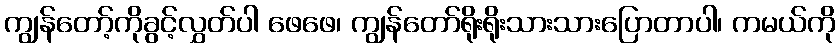
ကျွန်တော့်ကိုခွင့်လွှတ်ပါ ဖေဖေ၊ ကျွန်တော်ရိုးရိုးသားသားပြောတာပါ၊ ကမယ်ကို